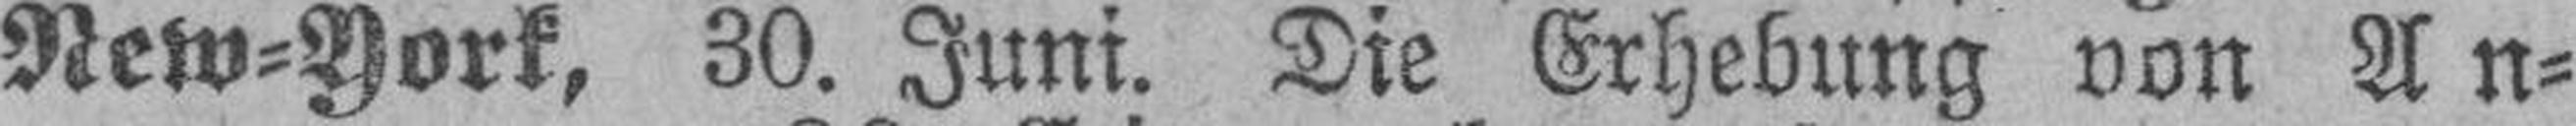
New=York, 30. Juni. Die Erhebung von An¬